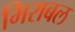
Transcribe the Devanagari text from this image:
मिराबल